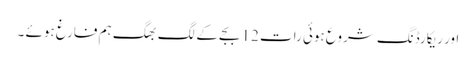
اور ریکارڈنگ شروع ہوئی رات 12 بجے کے لگ بھگ ہم فارغ ہوئے ۔